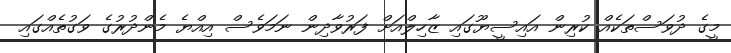
މީގެ ދުވަސްތަކެއް ކުރިން އައިސީޔޫގައި ޒާހިލްއަށް ފަރުވާދިން ނަމަވެސް އިއްޔެ މެންދުރުގެ ވަގުތެއްގައި